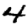
Digit: 4